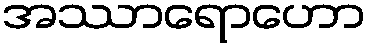
အဿာရောဟော